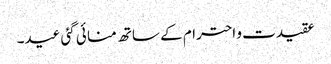
عقیدت و احترام کے ساتھ منا ئی گئی عید۔